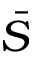
\bar { S }